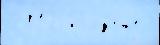
2012 и лу́чше